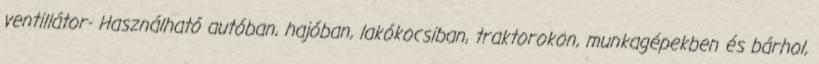
ventillátor- Használható autóban, hajóban, lakókocsiban, traktorokon, munkagépekben és bárhol,